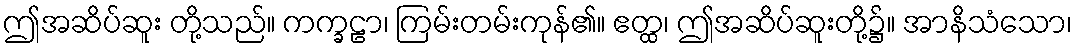
ဤအဆိပ်ဆူး တို့သည်။ ကက္ခဠာ၊ ကြမ်းတမ်းကုန်၏။ ဧတ္ထ၊ ဤအဆိပ်ဆူးတို့၌။ အာနိသံသော၊